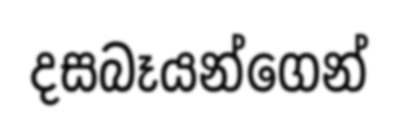
දසබෑයන්ගෙන්